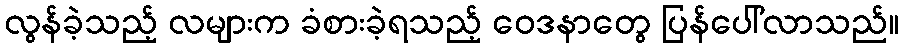
လွန်ခဲ့သည့် လများက ခံစားခဲ့ရသည့် ဝေဒနာတွေ ပြန်ပေါ်လာသည်။